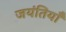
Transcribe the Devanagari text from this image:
जयंतियाँ